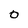
Character: o